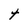
Character: t